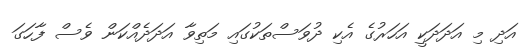
އަދި މި އަދަދަކީ އަހަރުގެ އެކި ދުވަސްތަކުގައި މަތިވާ އަދަދެއްކަން ވެސް ފާހަގަ